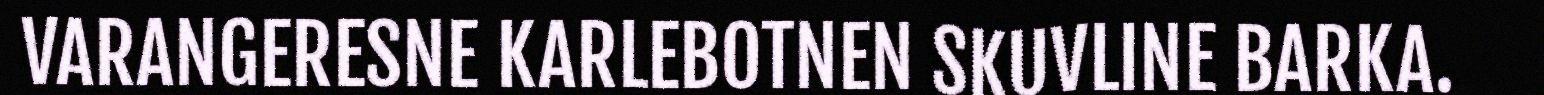
VARANGERESNE KARLEBOTNEN SKUVLINE BARKA.